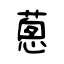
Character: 蔥